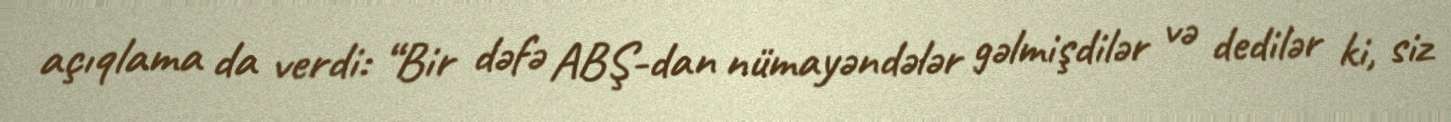
açıqlama da verdi: “Bir dəfə ABŞ-dan nümayəndələr gəlmişdilər və dedilər ki, siz